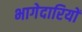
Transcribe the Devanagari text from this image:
भागेदारियों